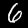
Digit: 6